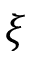
\xi